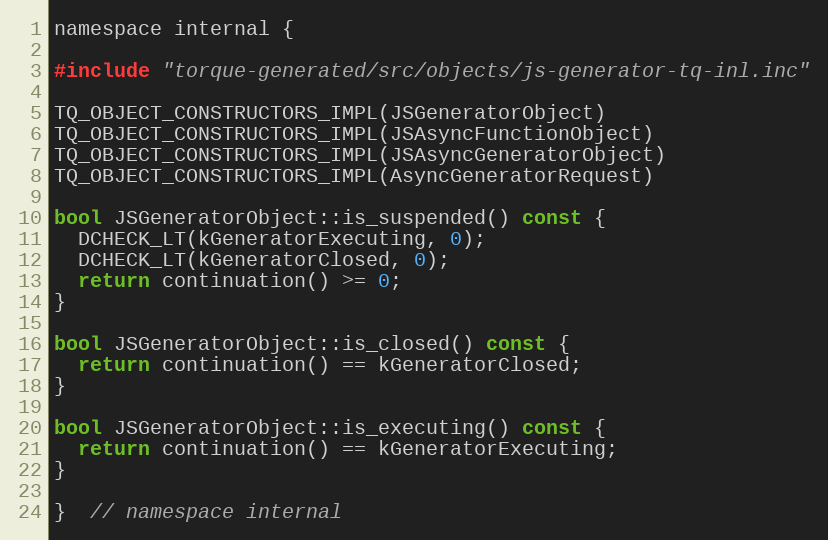
Language: C
namespace internal {

#include "torque-generated/src/objects/js-generator-tq-inl.inc"

TQ_OBJECT_CONSTRUCTORS_IMPL(JSGeneratorObject)
TQ_OBJECT_CONSTRUCTORS_IMPL(JSAsyncFunctionObject)
TQ_OBJECT_CONSTRUCTORS_IMPL(JSAsyncGeneratorObject)
TQ_OBJECT_CONSTRUCTORS_IMPL(AsyncGeneratorRequest)

bool JSGeneratorObject::is_suspended() const {
  DCHECK_LT(kGeneratorExecuting, 0);
  DCHECK_LT(kGeneratorClosed, 0);
  return continuation() >= 0;
}

bool JSGeneratorObject::is_closed() const {
  return continuation() == kGeneratorClosed;
}

bool JSGeneratorObject::is_executing() const {
  return continuation() == kGeneratorExecuting;
}

}  // namespace internal